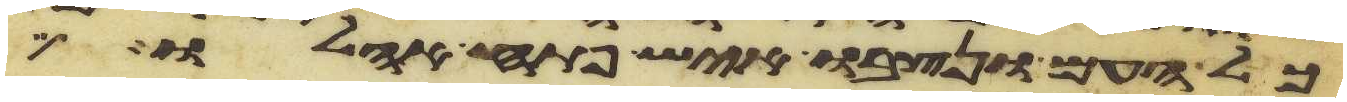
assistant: כל העם ונצבו איש פתח אהלו